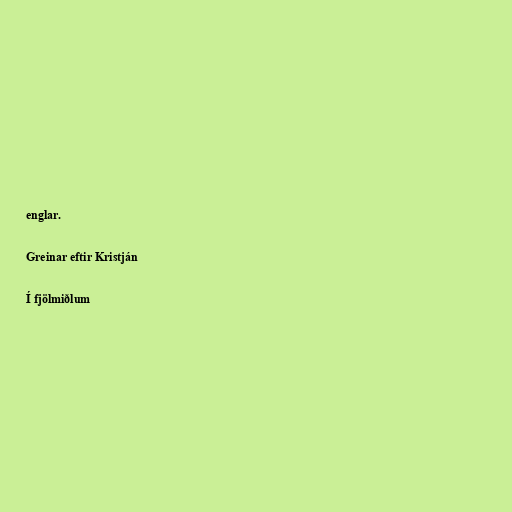
englar.

Greinar eftir Kristján

Í fjölmiðlum